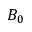
B _ { 0 }